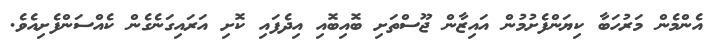
އެންމެން މަރުހަބާ ކިޔަންފެށުމުން އައިޒާން ޖޫސްތަށި ބޮއިބޮއި އިދެފައި ކޮށި އަރައިގަނެގެން ކެއްސަންފެށިއެވެ.